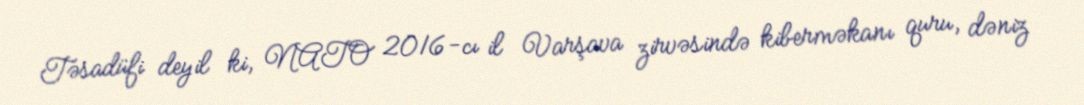
Təsadüfi deyil ki, NATO 2016-cı il Varşava zirvəsində kiberməkanı quru, dəniz